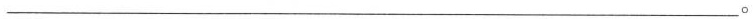
___。